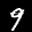
Label: 9